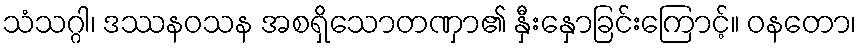
သံသဂ္ဂါ၊ ဒဿနဝသန အစရှိသောတဏှာ၏ နှီးနှောခြင်းကြောင့်။ ဝနတော၊